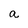
Character: a